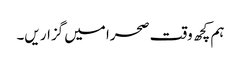
ہم کچھ وقت صحرا میں گزار یں۔